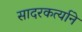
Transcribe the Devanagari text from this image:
सादरकर्त्याने